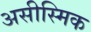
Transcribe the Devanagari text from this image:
असीस्मिक